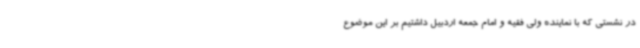
در نشستی که با نماینده ولی فقیه و امام جمعه اردبیل داشتیم بر این موضوع